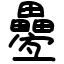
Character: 疉